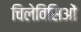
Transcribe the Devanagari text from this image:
चिलेविसिओं